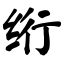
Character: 绗